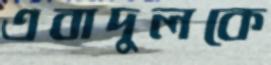
এবাদুলকে